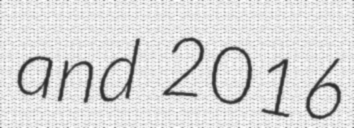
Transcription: and 2016